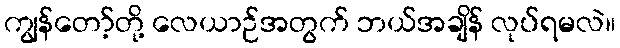
ကျွန်တော့်တို့ လေယာဉ်အတွက် ဘယ်အချိန် လုပ်ရမလဲ။